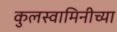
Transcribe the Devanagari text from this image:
कुलस्वामिनीच्या